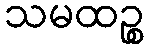
သမထဉ္စ